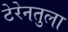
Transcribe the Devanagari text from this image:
टेरेनतुला